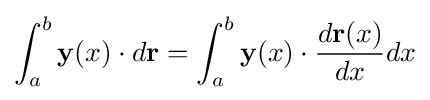
\int _{a}^{b}\mathbf {y} (x)\cdot d\mathbf {r} =\int _{a}^{b}\mathbf {y} (x)\cdot {\frac {d\mathbf {r} (x)}{dx}}dx